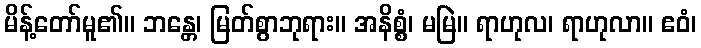
မိန့်တော်မူ၏။ ဘန္တေ၊ မြတ်စွာဘုရား။ အနိစ္စံ၊ မမြဲ။ ရာဟုလ၊ ရာဟုလာ။ ဧဝံ၊